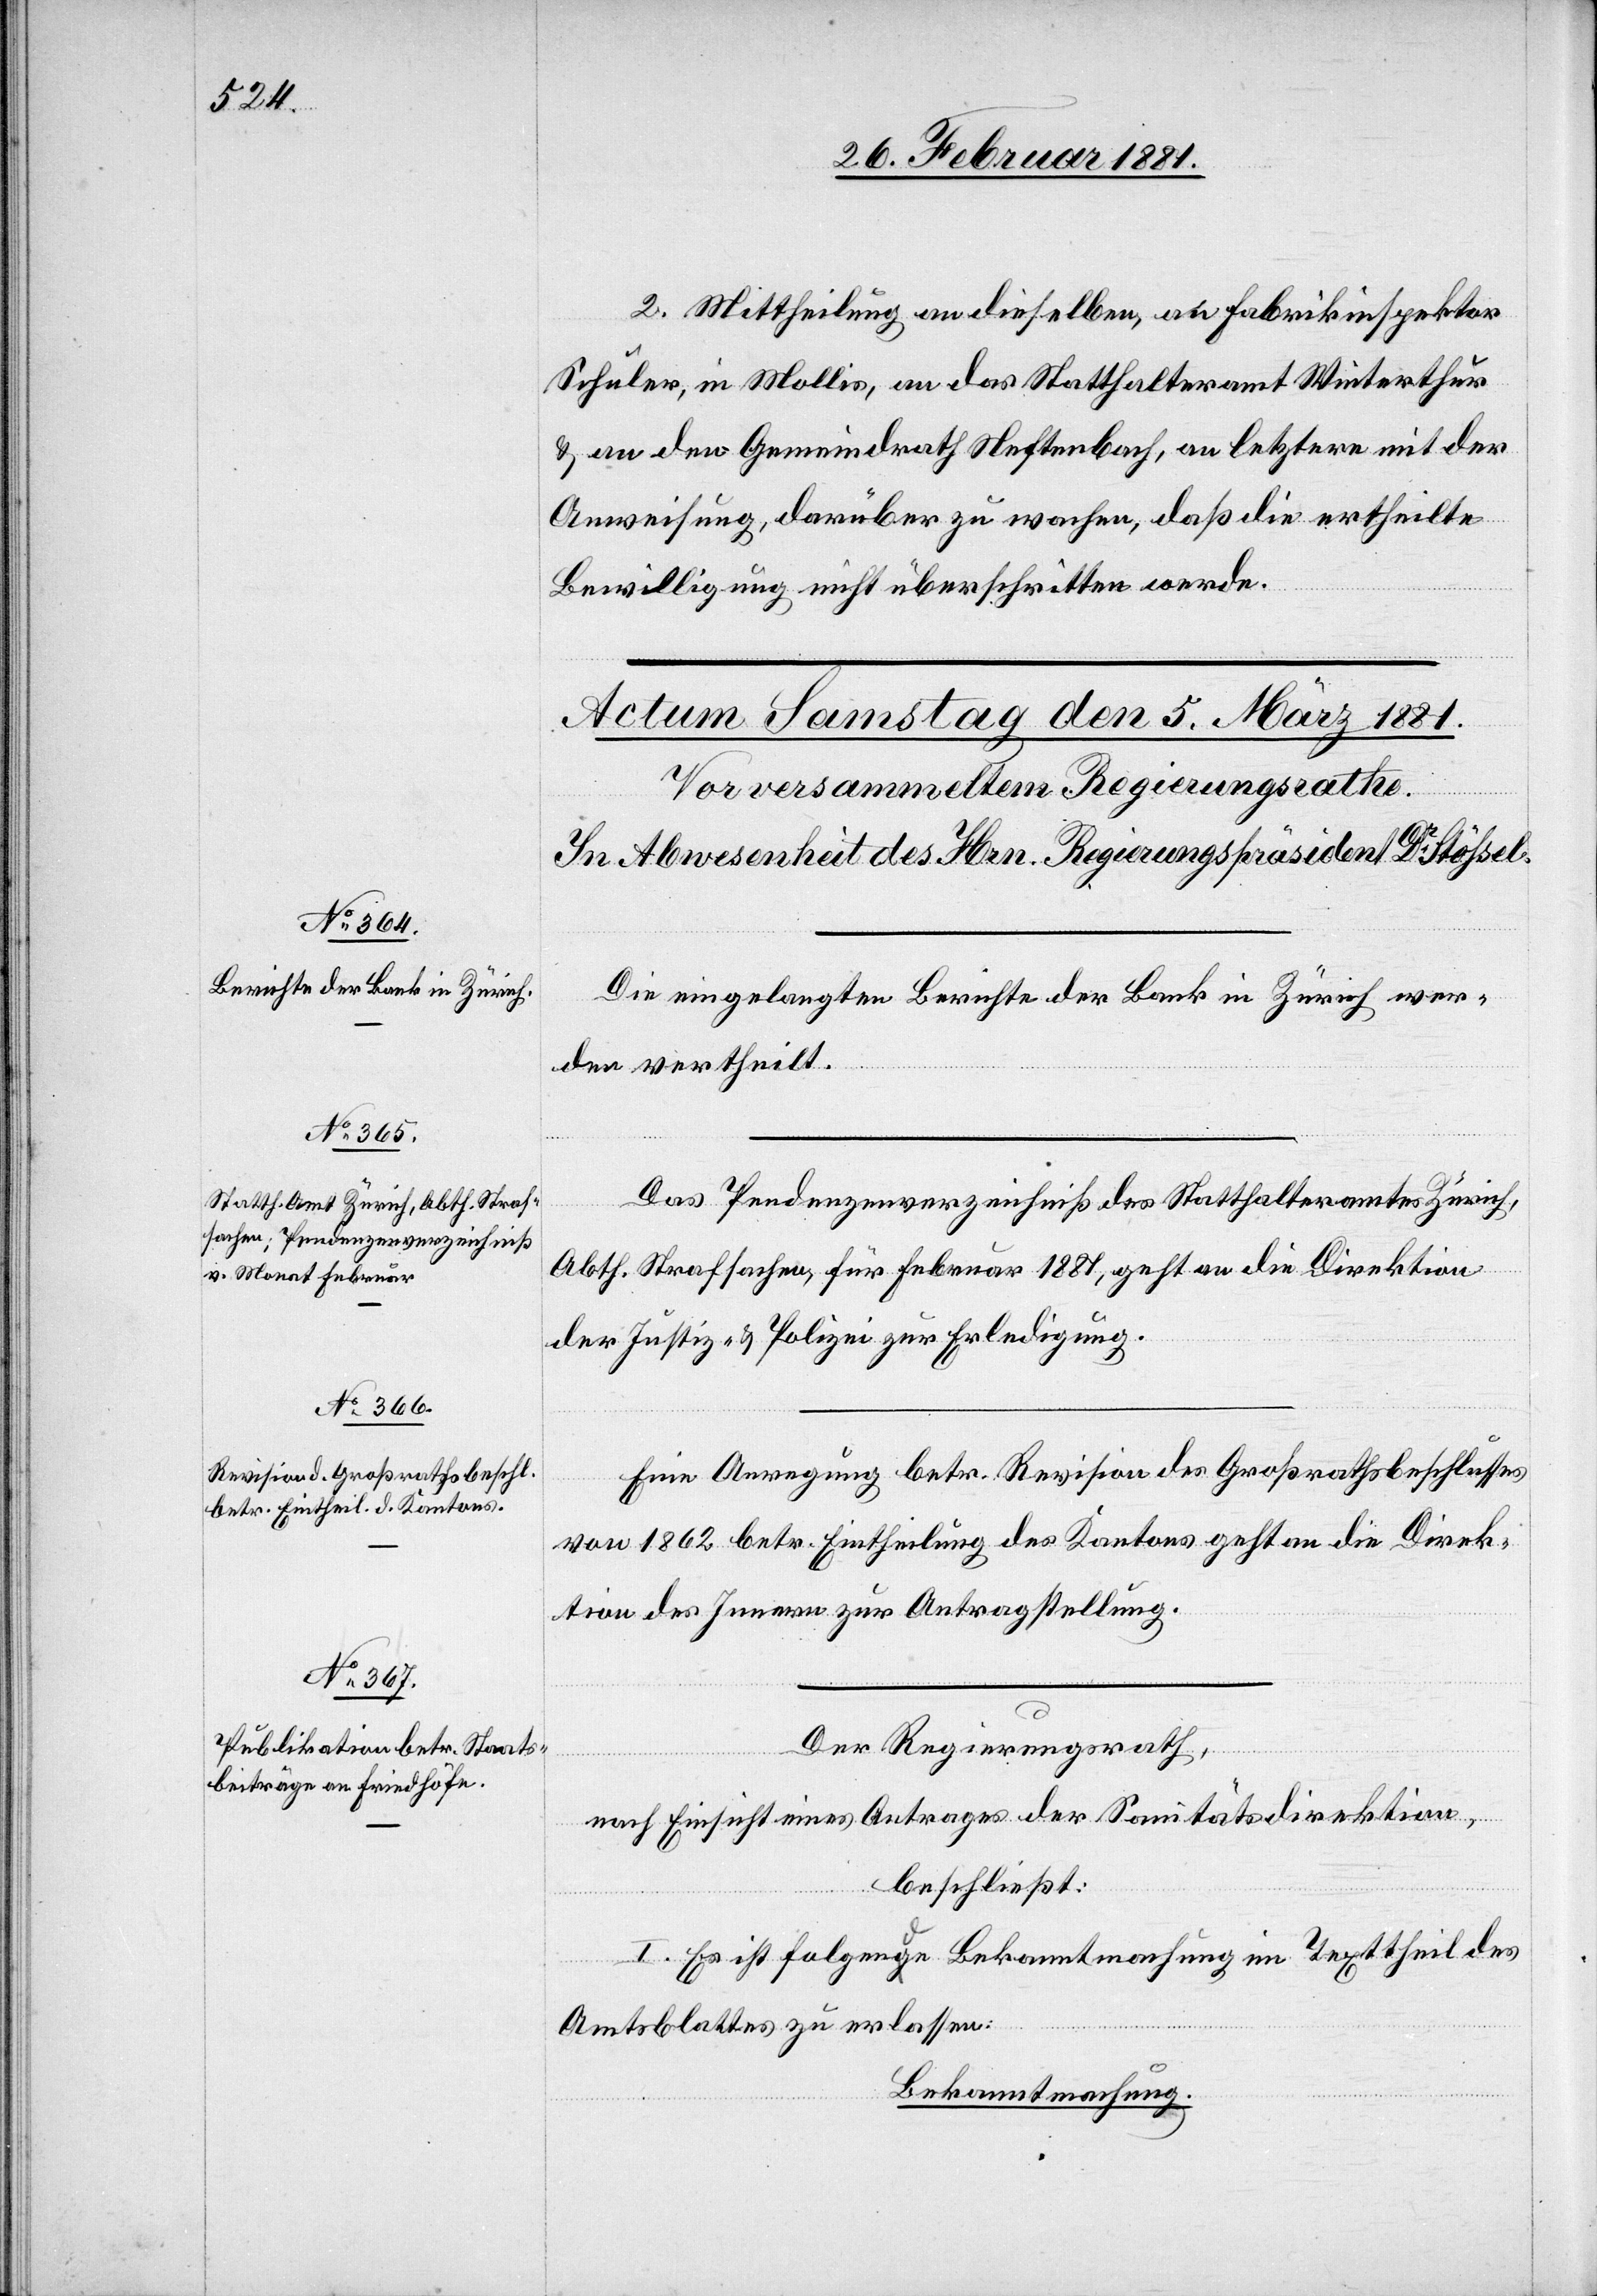
2. Mittheilung an dieselben, an Fabrikinspektor
Schuler in Mollis, an das Statthalteramt Winterthur
& an den Gemeindrath Neftenbach, an letztere mit der
Anweisung, darüber zu wachen, daß die ertheilte
Bewilligung nicht überschritten werde.
Die eingelegten Berichte der Bank Zürich wer¬
den vertheilt.
Das Pendenzenverzeichniß des Statthalteramtes Zürich,
Abth. Strafsachen für Februar 1881, geht an die Direktion
der Justiz & Polizei zur Erledigung.
Eine Anregung betr. Revision des Großrathsbeschlusses
von 1862 betr. Eintheilung des Kantons geht an die Direk¬
tion des Innern zur Antragsstellung.
Der Regierungsrath,
nach Einsicht eines Antrages der Sanitätsdirektion,
beschließt:
I. Es ist folgende Bekanntmachung im Texttheil des
Amtsblattes zu erlassen:
Bekanntmachung.